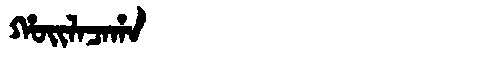
Manchu: ᡥᠣᡳᠯᠠᠴᠠᡥᠠ
Romanization: HOILACAHA